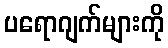
ပရောဂျက်များကို